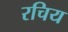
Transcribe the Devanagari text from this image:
रचिय